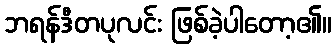
ဘရန်ဒီတပုလင်း ဖြစ်ခဲ့ပါတော့၏။